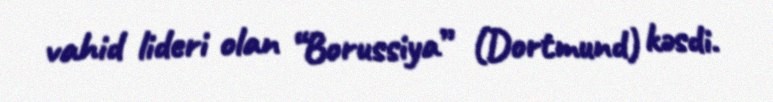
vahid lideri olan “Borussiya” (Dortmund) kəsdi.